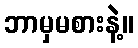
ဘာမှမစားနဲ့။